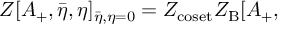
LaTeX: Z [ A _ { + } , { \bar { \eta } } , \eta ] _ { \bar { \eta } , \eta = 0 } = Z _ { \mathrm { c o s e t } } Z _ { \mathrm { B } } [ A _ { + } ,